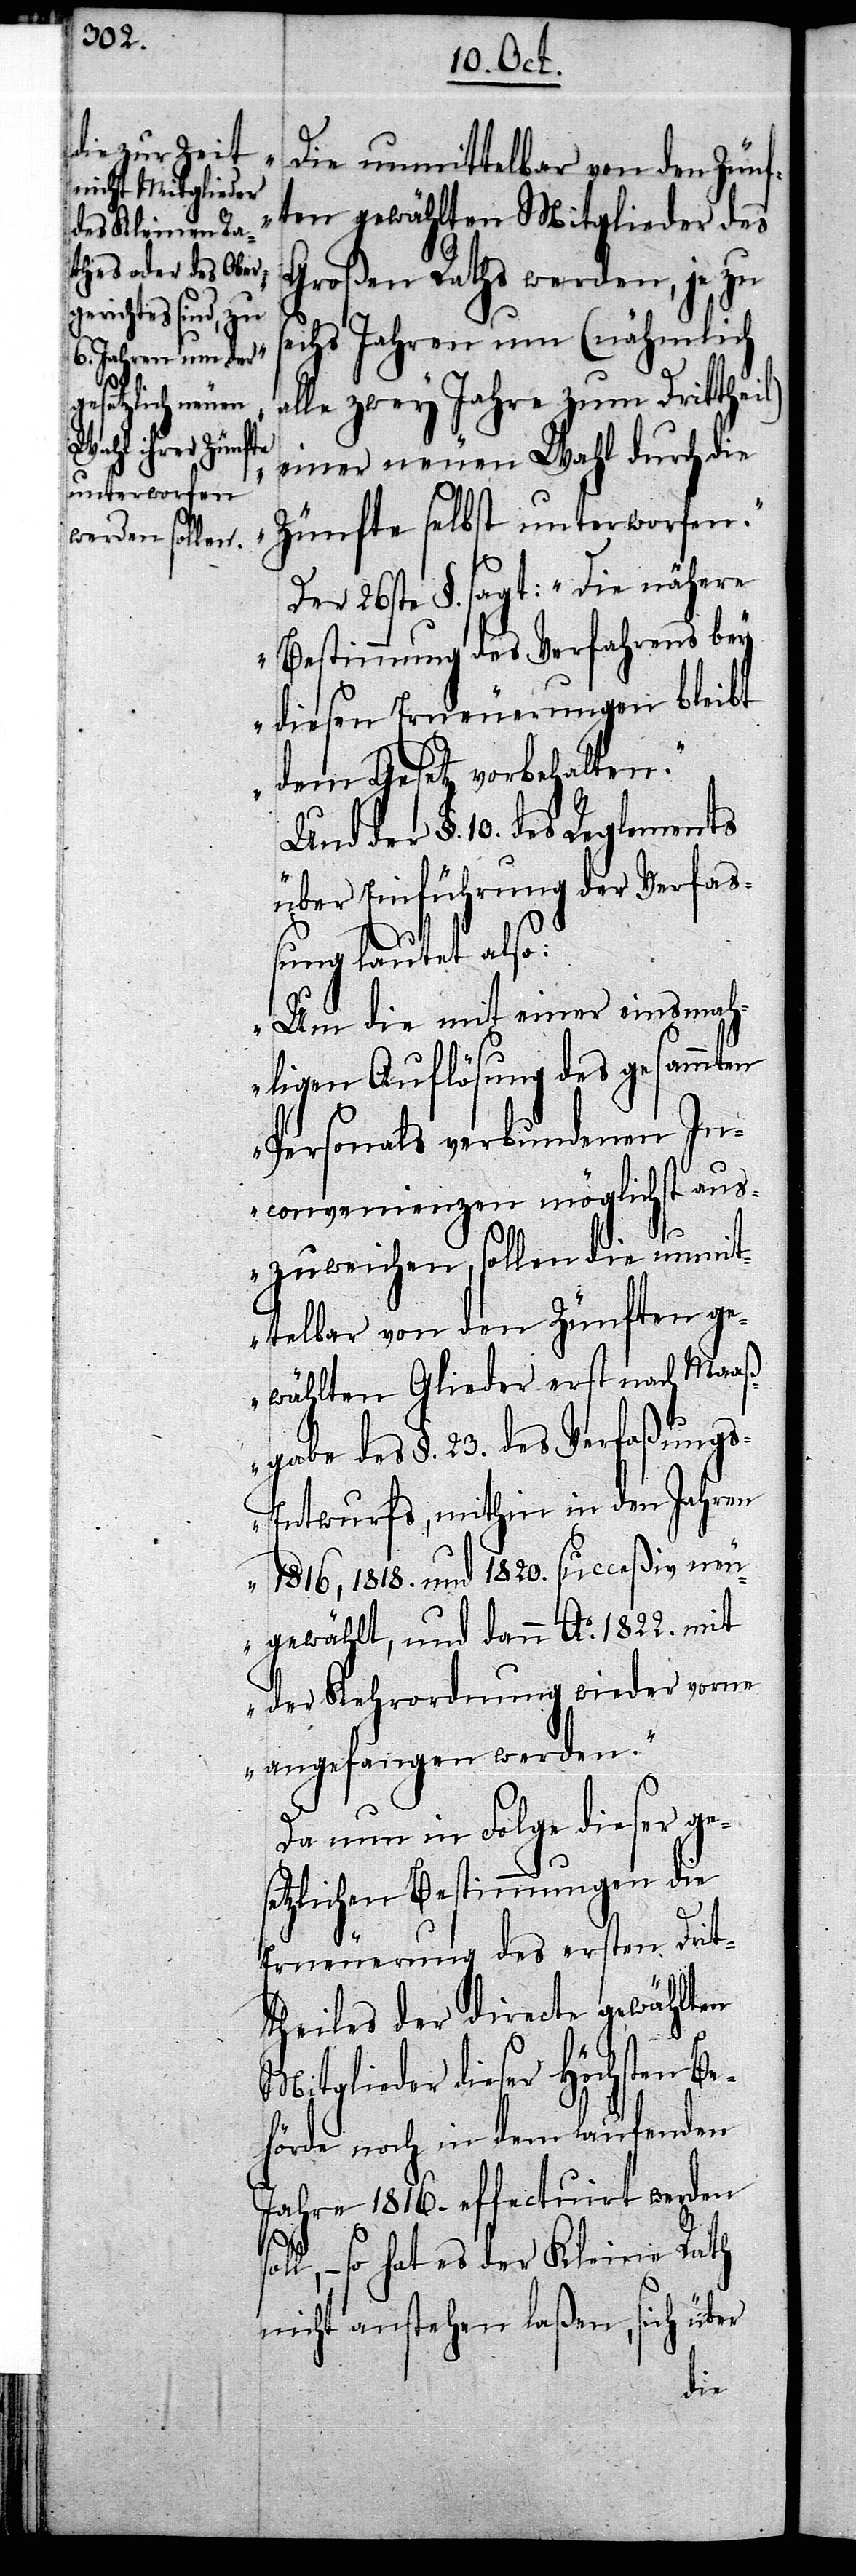
„Die unmittelbar von den Zünf¬
ten gewählten Mitglieder des
Großen Raths werden, je zu
sechs Jahren um (nähmlich
alle zwey Jahre zum Drittheil)
einer neuen Wahl durch die
Zünfte selbst unterworfen.“
Der 26ste §. sagt: „Die nähere
Bestimmung des Verfahrens bey
diesen Erneuerungen bleibt
dem Gesetz vorbehalten.“
Und der §. 10. des Reglements
über Einführung der Verfa¬
ßung lautet also:
„Um die mit einer einsmah¬
ligen Auflösung des gesammten
Personals verbundenen In¬
convenienzen möglichst aus¬
zuweichen, sollen die unmit¬
telbar von den Zünften ge¬
wählten Glieder erst nach Maaß¬
gabe des §. 23. des Verfaßung¬
s-Entwurfs, mithin in den Jahren
1816, 1818. und 1820. succeßiv neu
gewählt, und dann Ao. 1822. mit
der Kehrordnung wieder vorne
angefangen werden.“
Da nun in Folge dieser ges¬
etzlichen Bestimmungen die
Erneuerung des ersten Drit¬
theiles der directe gewählten
Mitglieder dieser Höchsten Be¬
hörde noch in dem laufenden
Jahre 1816. effectuirt werden
– so hat es der Kleine Rath
nicht anstehen laßen, sich über